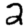
Digit: 2